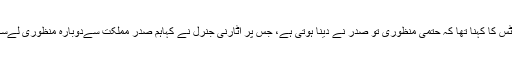
چیف جسٹس کا کہنا تھا کہ حتمی منظوری تو صدر نے دینا ہوتی ہے، جس پر اٹارنی جنرل نے کہاہم صدر مملکت سےدوبارہ منظوری لےسکتے ہیں۔